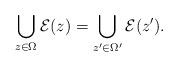
LaTeX: \begin{align*}\bigcup\limits_{z \in \Omega} \mathcal{E}(z) = \bigcup\limits_{z' \in \Omega'} \mathcal{E}(z').\end{align*}